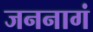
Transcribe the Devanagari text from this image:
जननागं